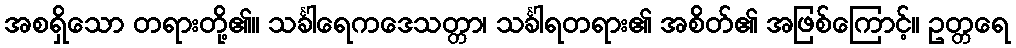
အစရှိသော တရားတို့၏။ သင်္ခါရေကဒေသတ္တာ၊ သင်္ခါရတရား၏ အစိတ်၏ အဖြစ်ကြောင့်။ ဥတ္တရေ